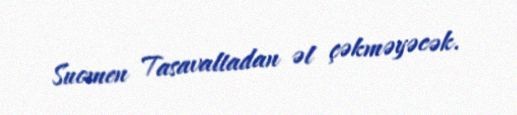
Suomen Tasavaltadan əl çəkməyəcək.